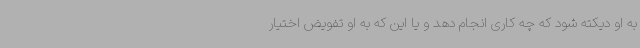
به او دیکته شود که چه کاری انجام دهد و یا این که به او تفویض اختیار